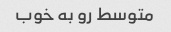
متوسط رو به خوب